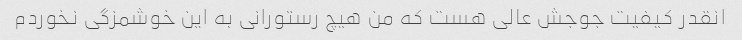
انقدر کیفیت جوجش عالی هست که من هیچ رستورانی به این خوشمزگی نخوردم